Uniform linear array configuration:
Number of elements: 4
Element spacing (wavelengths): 0.25
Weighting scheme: blackman
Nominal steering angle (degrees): -60
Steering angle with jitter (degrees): -59.096
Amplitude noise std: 0.05
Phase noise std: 0.05

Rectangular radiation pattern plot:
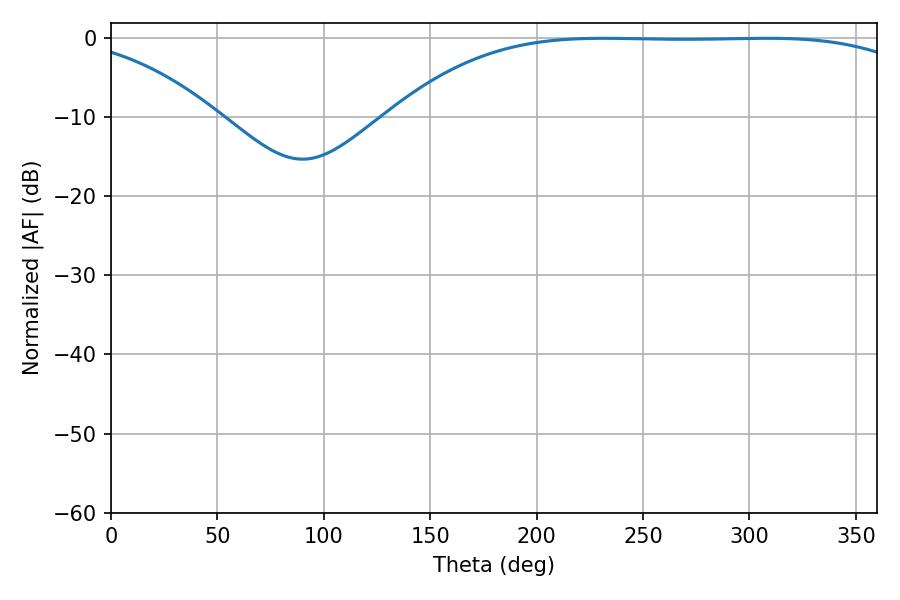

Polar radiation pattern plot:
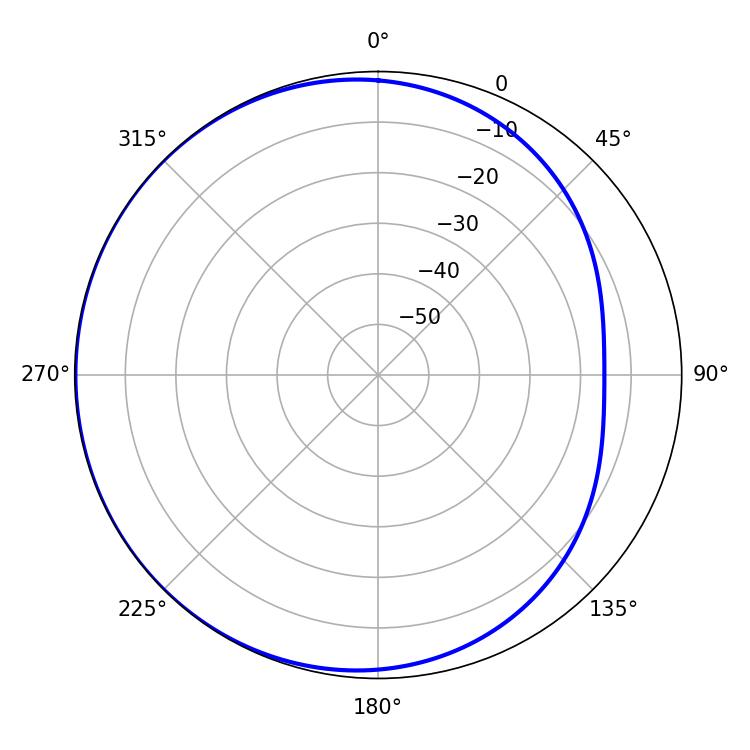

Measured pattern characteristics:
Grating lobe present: FALSE
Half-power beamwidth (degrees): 192.42
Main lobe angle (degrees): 231.66